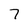
Character: 7